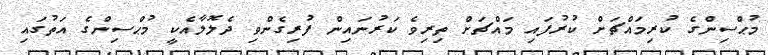
މުޙްސިންގެ ކުރިމައްޗަށް ކުރުފައި މައްޗަށް ތިރިވެ ކަރުނައިން ފުރިގެންވި ދެލޮލާއެކީ މުޙްސިންގެ އަތުގައި